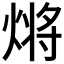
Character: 𭵲